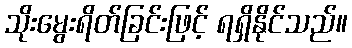
သိုးမွေးရိတ်ခြင်းဖြင့် ရရှိနိုင်သည်။